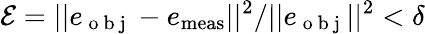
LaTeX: \mathcal{E}=||e_{\mathrm{~o~b~j~}}-e_{\mathrm{meas}}||^{2}/||e_{\mathrm{~o~b~j~}}||^{2}<\delta